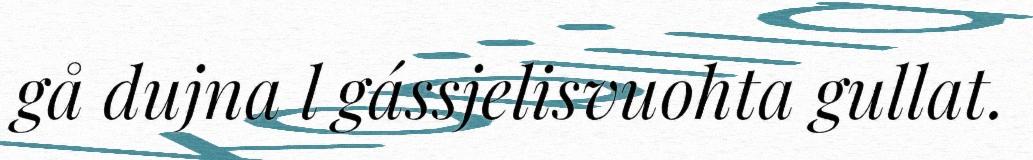
gå dujna l gássjelisvuohta gullat.